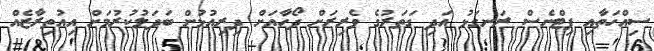
ސިއްހަތާއި ފިޓްނެސް ރަނގަޅު އަދި ގަތަރުގެ ވެރިރަށް ދޯހާއަށް ދިރިއުޅުން ބަދަލުކުރުމަށް އިއުތިރާޒެއް